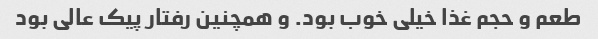
طعم و حجم غذا خیلی خوب بود. و همچنین رفتار پیک عالی بود